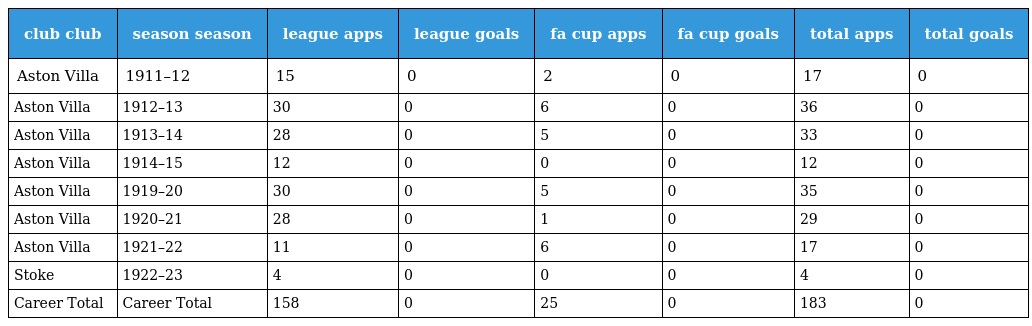
| club club | season season | league apps | league goals | fa cup apps | fa cup goals | total apps | total goals |
 | --- | --- | --- | --- | --- | --- | --- | --- |
 | Aston Villa | 1911–12 | 15 | 0 | 2 | 0 | 17 | 0 |
 | Aston Villa | 1912–13 | 30 | 0 | 6 | 0 | 36 | 0 |
 | Aston Villa | 1913–14 | 28 | 0 | 5 | 0 | 33 | 0 |
 | Aston Villa | 1914–15 | 12 | 0 | 0 | 0 | 12 | 0 |
 | Aston Villa | 1919–20 | 30 | 0 | 5 | 0 | 35 | 0 |
 | Aston Villa | 1920–21 | 28 | 0 | 1 | 0 | 29 | 0 |
 | Aston Villa | 1921–22 | 11 | 0 | 6 | 0 | 17 | 0 |
 | Stoke | 1922–23 | 4 | 0 | 0 | 0 | 4 | 0 |
 | Career Total | Career Total | 158 | 0 | 25 | 0 | 183 | 0 |